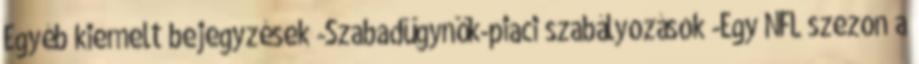
Egyéb kiemelt bejegyzések -Szabadügynök-piaci szabályozások -Egy NFL szezon a